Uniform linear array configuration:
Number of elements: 16
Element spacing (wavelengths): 0.5
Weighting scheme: uniform
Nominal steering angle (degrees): -60
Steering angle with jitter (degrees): -61.593
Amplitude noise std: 0.05
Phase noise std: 0.05

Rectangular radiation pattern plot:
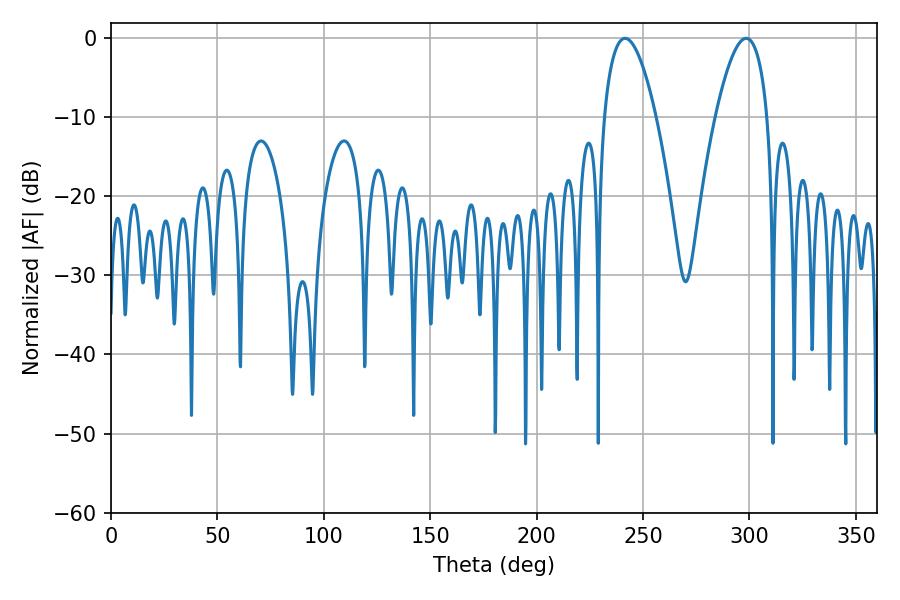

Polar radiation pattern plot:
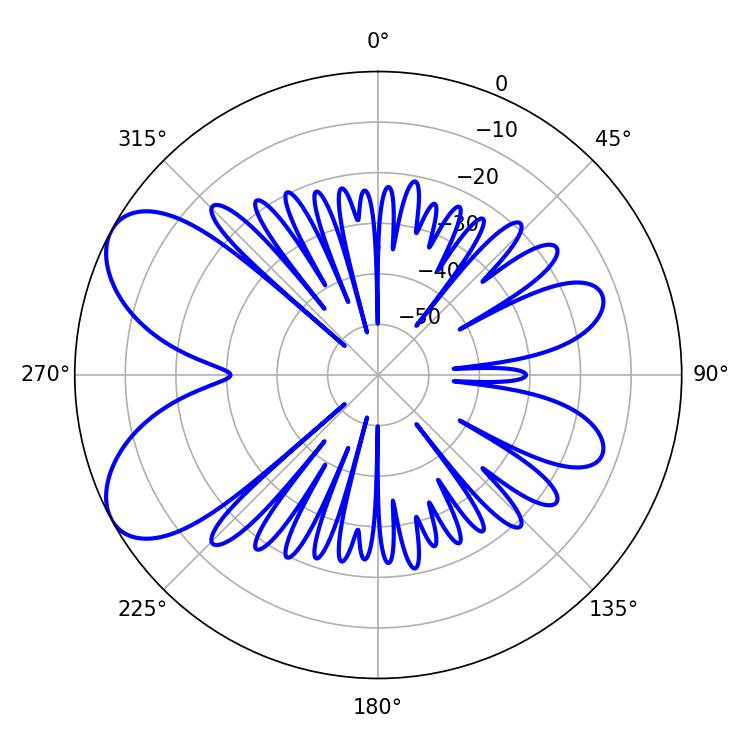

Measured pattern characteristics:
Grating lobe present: FALSE
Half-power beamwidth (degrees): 13.5
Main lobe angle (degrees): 298.44